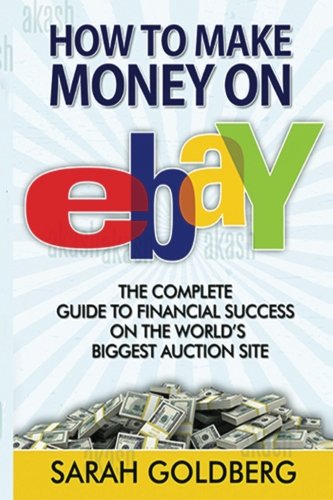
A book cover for How to Make Money on eBay: The Complete Guide To Financial Success On The World?s Biggest Auction Site; Sarah Goldberg; Computers & Technology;